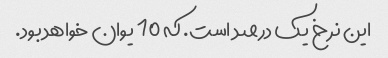
این نرخ یک درصد است. که 10 یوان خواهد بود.